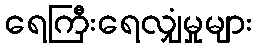
ရေကြီးရေလျှံမှုများ